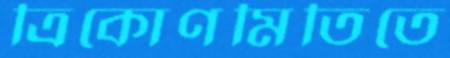
ত্রিকোণমিতিতে